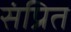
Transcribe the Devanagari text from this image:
संप्रित